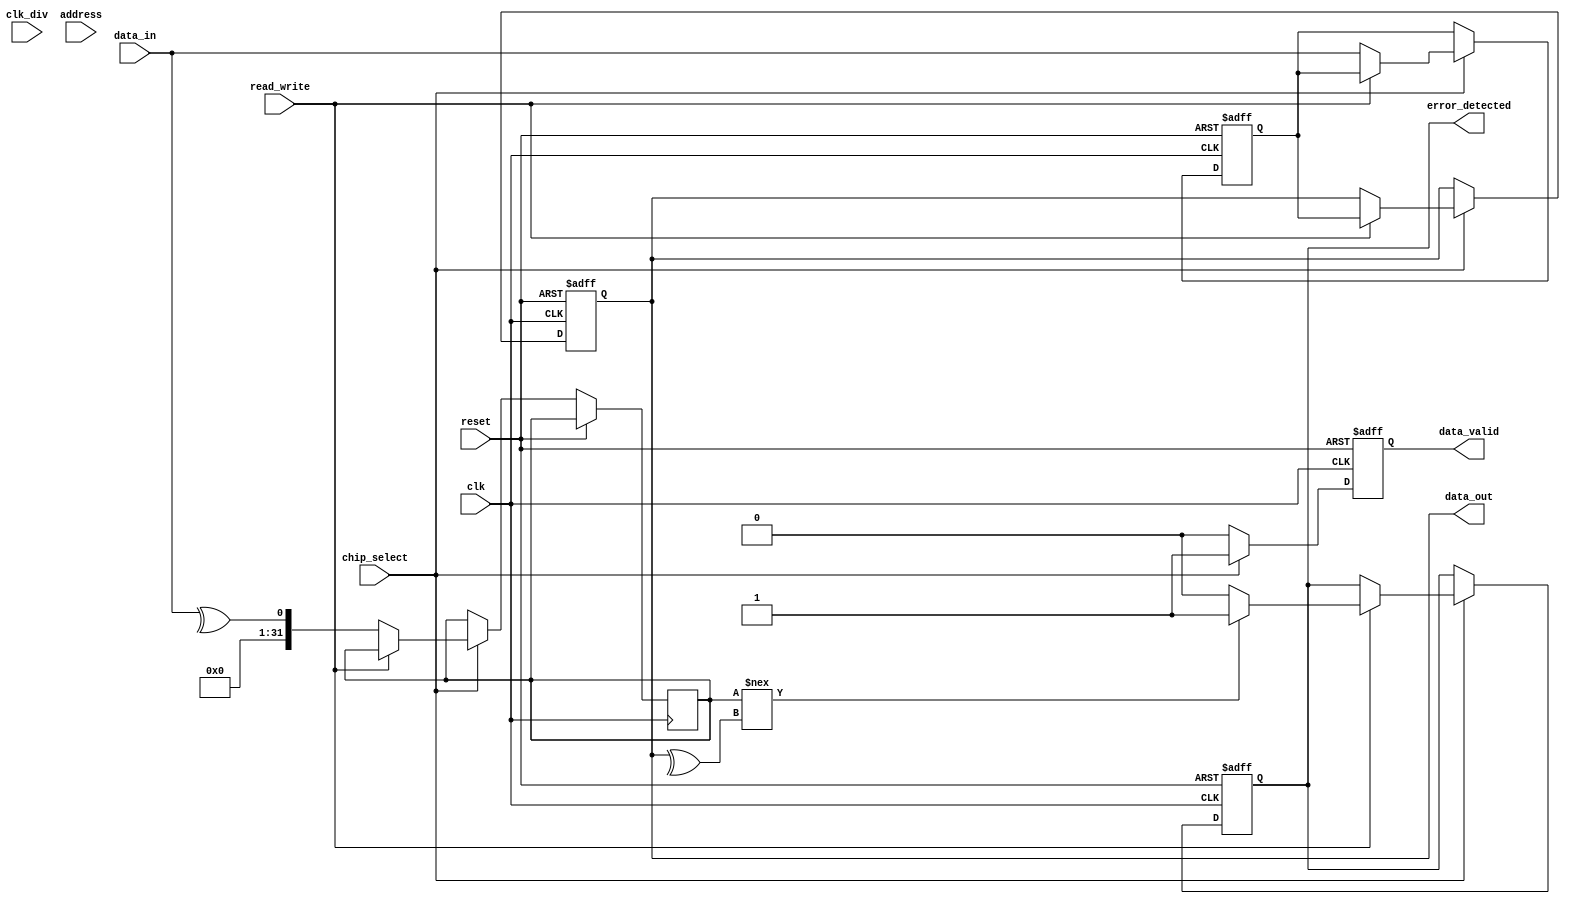
module gddr_io_block #(
    parameter DATA_WIDTH = 32, // Configurable data width (16, 32, 64)
    parameter CLK_DIVIDE = 2 // Clock division factor
) (
    input wire clk,                // Input clock
    input wire clk_div,            // Divided clock for internal operations
    input wire reset,              // Reset signal
    input wire chip_select,        // Chip select signal
    input wire read_write,         // Read (1) / Write (0) control signal
    input wire [DATA_WIDTH-1:0] data_in, // Data to write to GDDR
    output reg [DATA_WIDTH-1:0] data_out, // Data read from GDDR
    input wire [31:0] address,     // Address for GDDR memory
    output reg data_valid,          // Data valid signal
    output reg error_detected       // Error detection flag
);

    // Internal registers
    reg [DATA_WIDTH-1:0] internal_data_reg;
    reg [DATA_WIDTH-1:0] aligned_data;
    reg [DATA_WIDTH-1:0] parity_bit; // Simple parity for error detection
    integer i;

    // Clocking block for double data rate operation
    always @(posedge clk or posedge reset) begin
        if (reset) begin
            internal_data_reg <= 0;
            data_out <= 0;
            data_valid <= 0;
            error_detected <= 0;
        end else if (chip_select) begin
            if (!read_write) begin
                // Write Operation
                internal_data_reg <= data_in;
                // Simple parity calculation (odd parity)
                parity_bit = ^data_in;
                data_valid <= 1;
            end else begin
                // Read Operation
                data_out <= internal_data_reg;
                // Check parity for error detection
                if (parity_bit !== ^data_out) begin
                    error_detected <= 1; // Error detected
                end else begin
                    error_detected <= 0; // No error
                end
                data_valid <= 1;
            end
        end else begin
            data_valid <= 0; // Chip select is low, no valid data
        end
    end

    // Clock division logic (for internal use if needed)
    reg clk_div_reg;
    always @(posedge clk) begin
        if (reset) begin
            clk_div_reg <= 0;
        end else begin
            clk_div_reg <= ~clk_div_reg; // Toggle clock for division
        end
    end

    // Further implementation of signal conditioning, termination, and buffering can be added here

endmodule